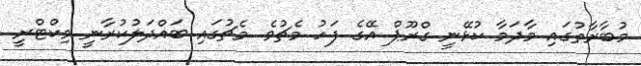
މުބާރާތުގައި މާދަމާ ކުޅޭނީ ގްރޫޕް އޭގެ ފަހު މެޗުވެ. މެޗުގައި ބައްދަލުކުރާނީ ވިކްޓްރީ